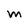
Character: M